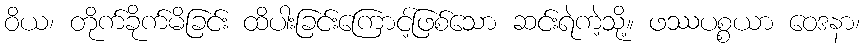
ဝိယ၊ တိုက်ခိုက်မိခြင်း ထိပါးခြင်းကြောင့်ဖြစ်သော ဆင်းရဲကဲ့သို့။ ဖဿပစ္စယာ ဝေဒနာ၊